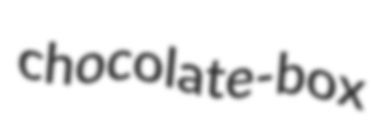
chocolate-box